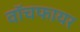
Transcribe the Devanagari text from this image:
वॉचफायर